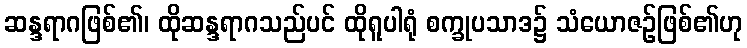
ဆန္ဒရာဂဖြစ်၏၊ ထိုဆန္ဒရာဂသည်ပင် ထိုရူပါရုံ စက္ခုပသာဒ၌ သံယောဇဉ်ဖြစ်၏ဟု